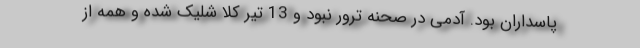
پاسداران بود. آدمی در صحنه ترور نبود و 13 تیر کلا شلیک شده و همه از